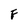
Character: F